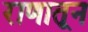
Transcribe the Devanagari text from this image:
राणातून